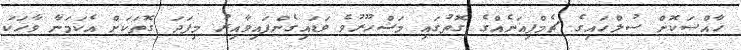
ހާއްސަކޮށް ސުލްހައިގެ ޗެމްޕިއަނެއްގެ ގޮތުގައި މަޝްހޫރުވެ ވަޑައިގެންފައިވާއިރު މިފަދަ ގޮތަކަށް އެކަމަނާ ވާހަކަ